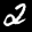
Label: 2